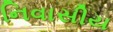
નિવાસીય